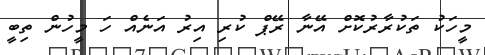
މީހަކު ތަކުރާރުކޮށް އޭނާ ރޭޕް ކުރި އިރު އަނެއް ހަ މީހުން ތިބީ